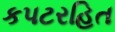
કપટરહિત